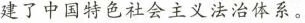
建了中国特色社会主义法治体系。